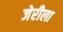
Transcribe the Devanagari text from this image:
जेरीला